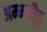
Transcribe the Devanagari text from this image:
अम्मवीडु